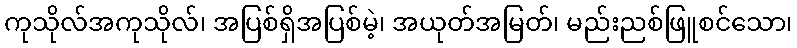
ကုသိုလ်အကုသိုလ်၊ အပြစ်ရှိအပြစ်မဲ့၊ အယုတ်အမြတ်၊ မည်းညစ်ဖြူစင်သော၊